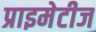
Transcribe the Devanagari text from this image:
प्राइमेटीज